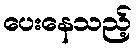
ပေးနေသည့်